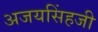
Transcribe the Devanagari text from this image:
अजयसिंहजी